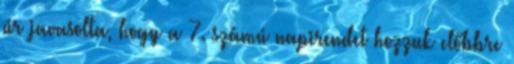
úr javasolta, hogy a 7. számú napirendet hozzuk előbbre